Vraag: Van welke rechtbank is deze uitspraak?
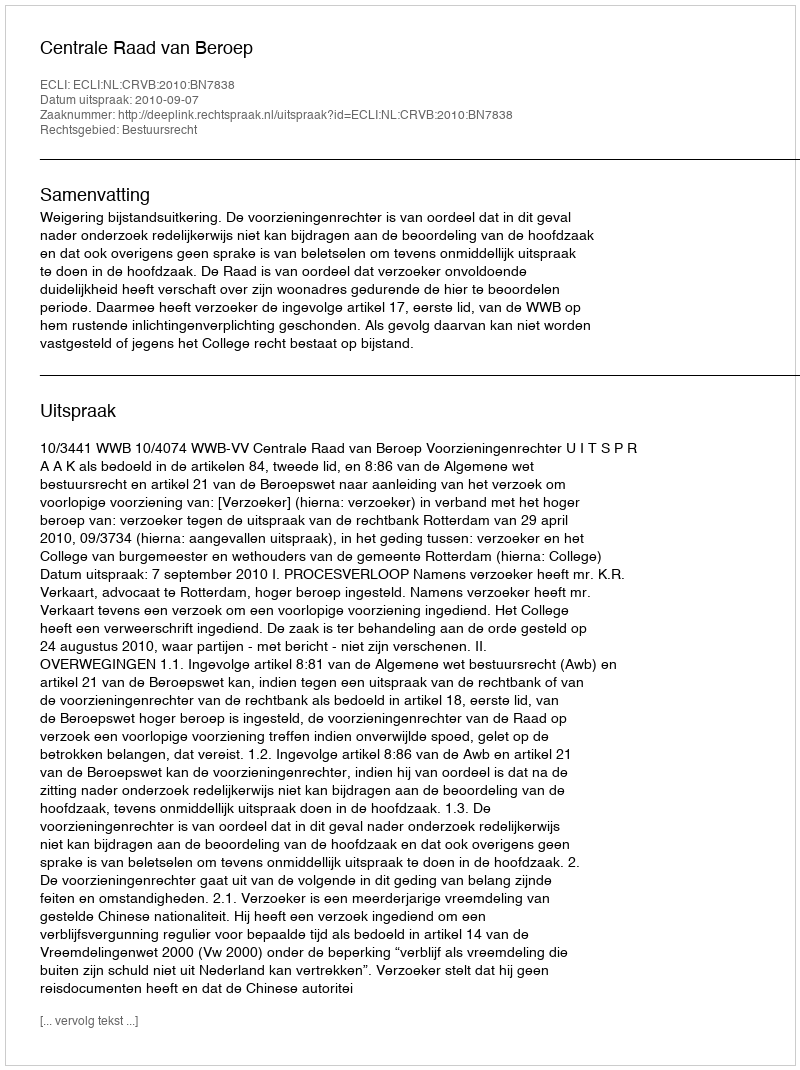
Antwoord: Centrale Raad van Beroep